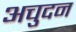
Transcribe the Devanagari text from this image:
अचुदन